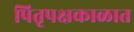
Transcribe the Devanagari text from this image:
पितृपक्षकाळात